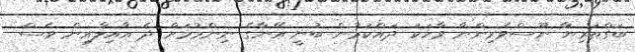
ބަގްތަރިޔާ ނޫސްވެރިންނާ ވާހަކަ ދައްކަމުން ބުނީ އޭނާގެ ނިންމުމަށް ދެ އާއިލާއިން ވެސް